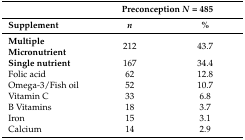
<table><thead><tr><td></td><td colspan="2"><b>Preconception <i>N</i> = 485</b></td></tr><tr><td><b>Supplement</b></td><td><b><i>n</i></b></td><td><b>%</b></td></tr></thead><tbody><tr><td><b>Multiple Micronutrient</b></td><td>212</td><td>43.7</td></tr><tr><td><b>Single nutrient</b></td><td>167</td><td>34.4</td></tr><tr><td>Folic acid</td><td>62</td><td>12.8</td></tr><tr><td>Omega-3/Fish oil</td><td>52</td><td>10.7</td></tr><tr><td>Vitamin C</td><td>33</td><td>6.8</td></tr><tr><td>B Vitamins</td><td>18</td><td>3.7</td></tr><tr><td>Iron</td><td>15</td><td>3.1</td></tr><tr><td>Calcium</td><td>14</td><td>2.9</td></tr></tbody></table>